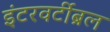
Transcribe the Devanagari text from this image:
इंटरवर्टीब्रल